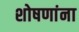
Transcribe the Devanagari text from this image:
शोषणांना